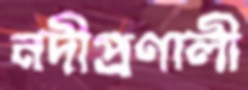
নদীপ্রণালী